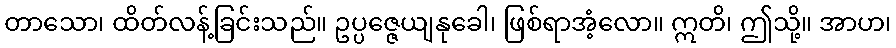
တာသော၊ ထိတ်လန့်ခြင်းသည်။ ဥပ္ပဇ္ဇေယျနုခေါ၊ ဖြစ်ရာအံ့လော။ ဣတိ၊ ဤသို့။ အာဟ၊